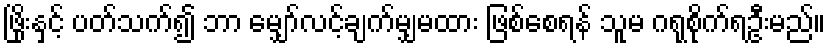
ဖြိုးနှင့် ပတ်သက်၍ ဘာ မျှော်လင့်ချက်မျှမထား ဖြစ်စေရန် သူမ ဂရုစိုက်ရဦးမည်။